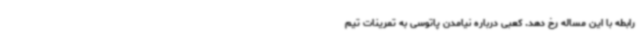
رابطه با این مساله رخ دهد. کعبی درباره نیامدن پاتوسی به تمرینات تیم